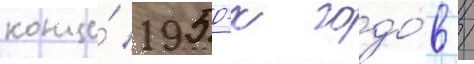
конце́ 1950-х годо́в /